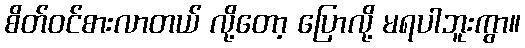
စိတ်ဝင်စားလာတယ် လို့တော့ ပြောလို့ မရပါဘူးကွာ။